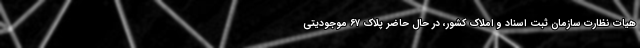
هیات نظارت سازمان ثبت اسناد و املاک کشور، در حال حاضر پلاک ۶۷ موجودیتی